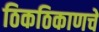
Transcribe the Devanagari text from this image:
ठिकठिकाणचे